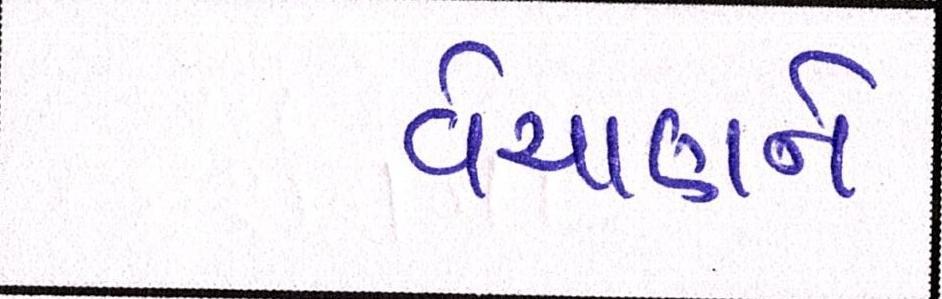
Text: વેચાણને